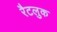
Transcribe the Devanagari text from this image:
रैटलुक